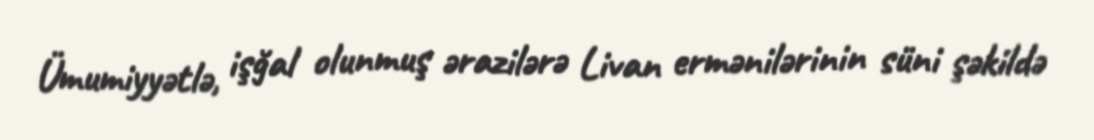
Ümumiyyətlə, işğal olunmuş ərazilərə Livan ermənilərinin süni şəkildə